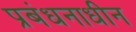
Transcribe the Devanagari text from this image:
प्रबंधनाधीन